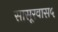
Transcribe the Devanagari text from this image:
सासूरवास५